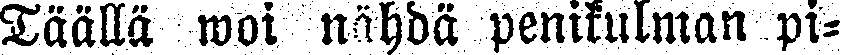
Täällä woi nähdä penikulman pi-